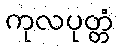
ကုလပုတ္တံ